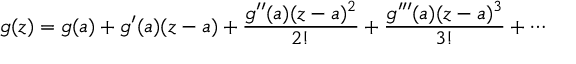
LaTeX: g ( z ) = g ( a ) + g ^ { \prime } ( a ) ( z - a ) + { \frac { g ^ { \prime \prime } ( a ) ( z - a ) ^ { 2 } } { 2 ! } } + { \frac { g ^ { \prime \prime \prime } ( a ) ( z - a ) ^ { 3 } } { 3 ! } } + \cdots